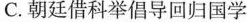
C.朝廷借科举倡导回归国学